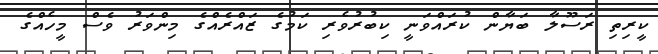
ކީރިތި ރަސޫލާ ބަޔާން ކުރައްވަނީ ކިބުރުވެރި ކަމުގެ ޒައްރެއްގެ މިންވަރު ވެސް މީހެއްގެ